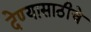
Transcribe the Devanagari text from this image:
देण्यासाठीचे